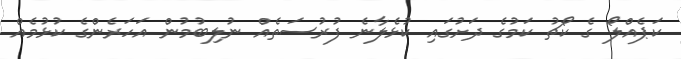
ކަޕެއްލޯ ގެ ކޯޗު ކަމުގެ ދަށުގައި ކުޅެލާނެ ފުރުސަތެއް ނުލިބުމުން އަހަރެންގެ ކުޅުމެއް